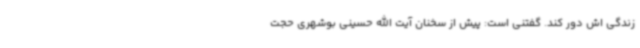
زندگی اش دور کند. گفتنی است: پیش از سخنان آیت الله حسینی بوشهری حجت